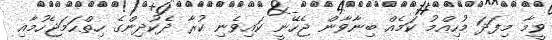
ވީމާ މިފަދަ މުހިއްމު ކަމެއް ބިނާވާން ޖެހޭނީ ކައިވެނި ކުރާ ދެކުދިންގެ ހިތްހަމަޖެހުމާއި